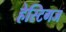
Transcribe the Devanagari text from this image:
हेस्टिगज